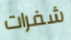
شفرات